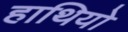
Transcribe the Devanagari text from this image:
हाथियो